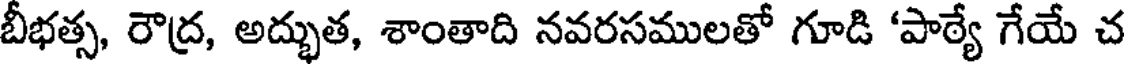
బీభత్స, రౌద్ర, అద్భుత, శాంతాది నవరసములతో గూడి 'పాఠ్యే గేయే చ